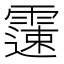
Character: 𩅘